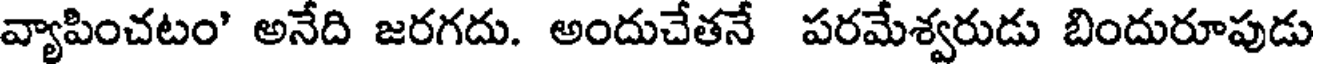
వ్యాపించటం' అనేది జరగదు. అందుచేతనే పరమేశ్వరుడు బిందురూపుడు